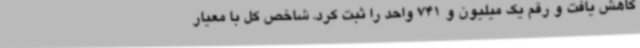
کاهش یافت و رقم یک میلیون و 741 واحد را ثبت کرد. شاخص کل با معیار